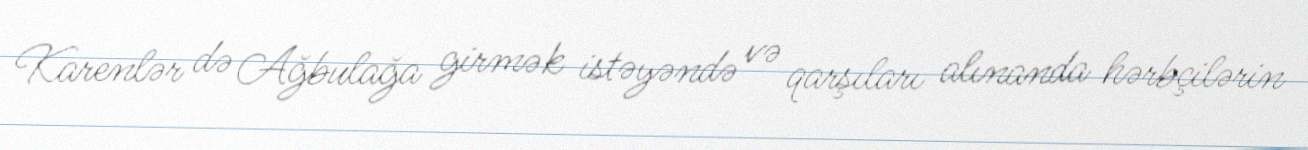
Karenlər də Ağbulağa girmək istəyəndə və qarşıları alınanda hərbçilərin